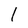
Character: 1